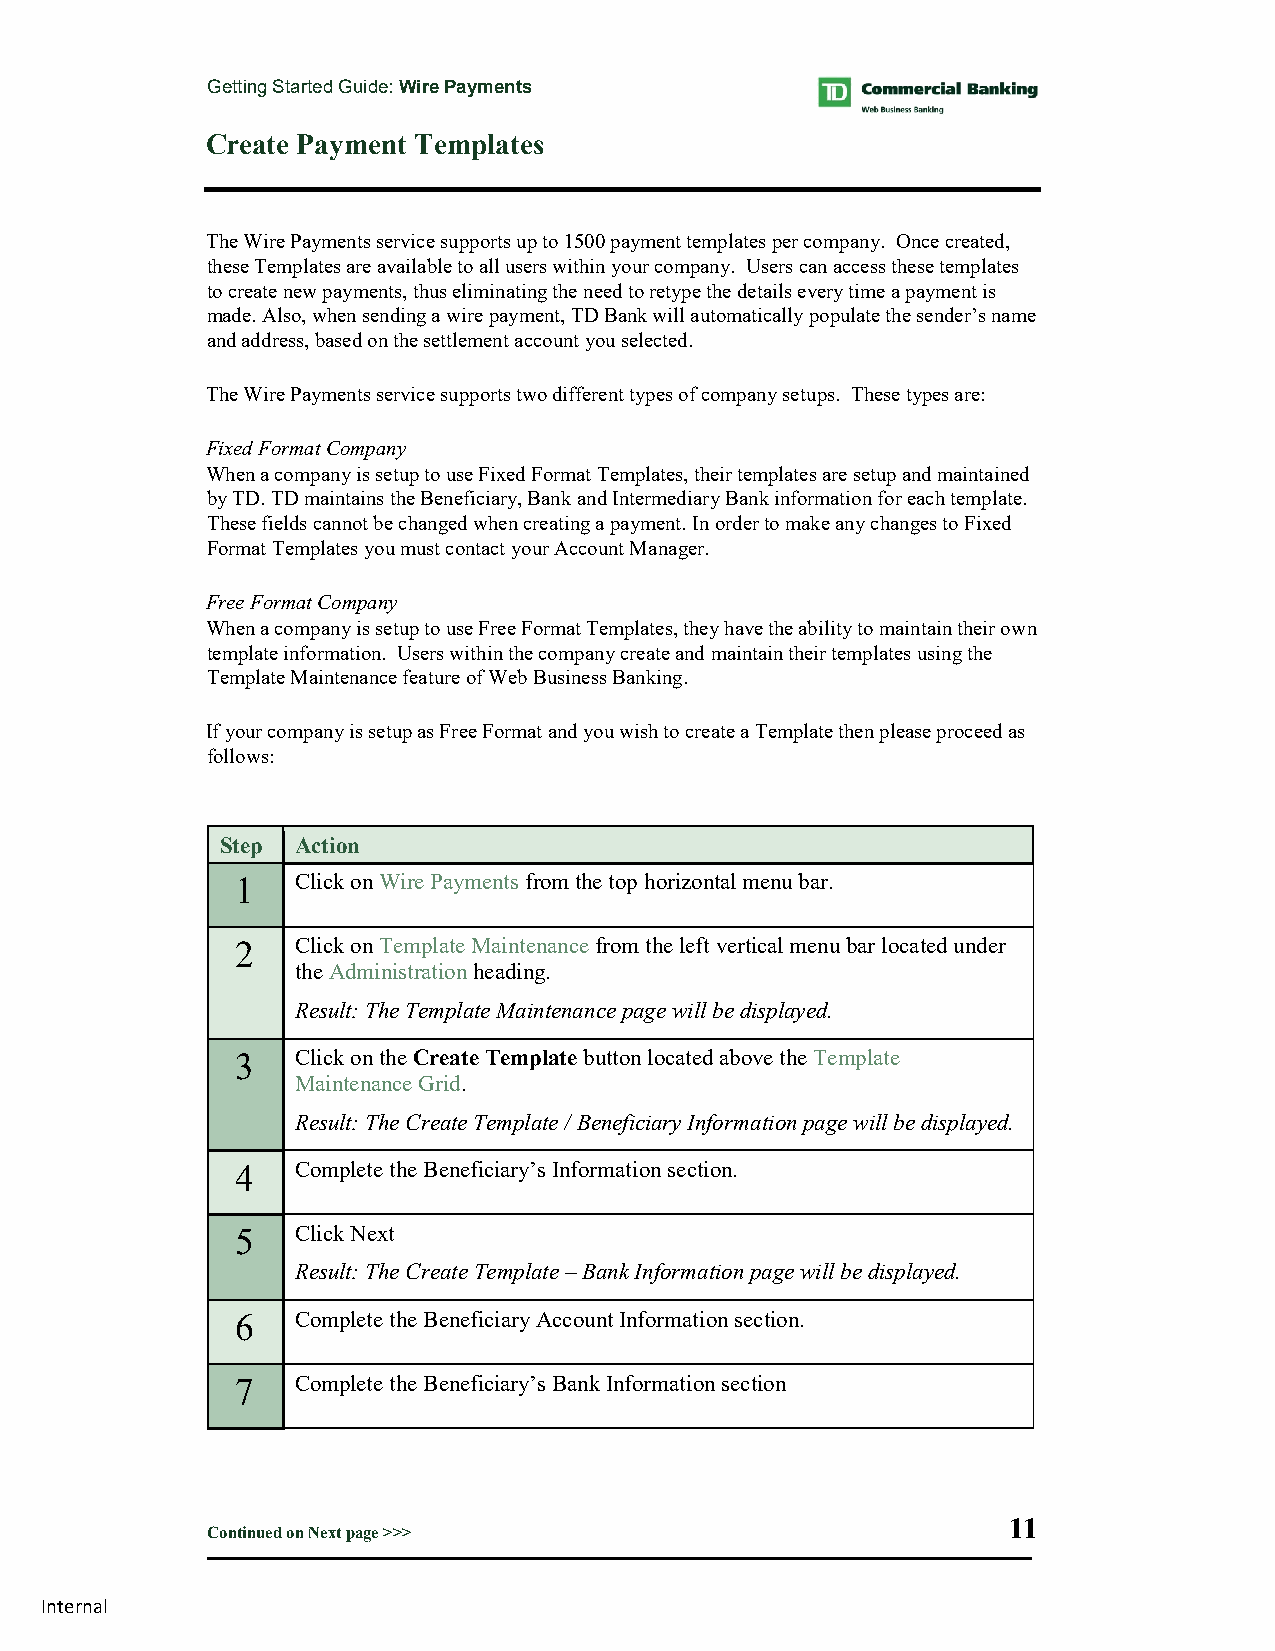
Getting Started Guide: Wire Payments
 Create Payment Templates
 The Wire Payments service supports up to 1500 payment templates per company. Once created,
 these Templates are available to all users within your company. Users can access these templates
 to create new payments, thus eliminating the need to retype the details every time a payment is
 made. Also, when sending a wire payment, TD Bank will automatically populate the sender’s name
 and address, based on the settlement account you selected.
 The Wire Payments service supports two different types of company setups. These types are:
 Fixed Format Company
 When a company is setup to use Fixed Format Templates, their templates are setup and maintained
 by TD. TD maintains the Beneficiary, Bank and Intermediary Bank information for each template.
 These fields cannot be changed when creating a payment. In order to make any changes to Fixed
 Format Templates you must contact your Account Manager.
 Free Format Company
 When a company is setup to use Free Format Templates, they have the ability to maintain their own
 template information. Users within the company create and maintain their templates using the
 Template Maintenance feature of Web Business Banking.
 If your company is setup as Free Format and you wish to create a Template then please proceed as
 follows:
 Step Action
 1   Click on Wire Payments from the top horizontal menu bar.
 2   Click on Template Maintenance from the left vertical menu bar located under
 the Administration heading.
 Result: The Template Maintenance page will be displayed.
 3   Click on the Create Template button located above the Template
 Maintenance Grid.
 Result: The Create Template / Beneficiary Information page will be displayed.
 4   Complete the Beneficiary’s Information section.
 5   Click Next
 Result: The Create Template – Bank Information page will be displayed.
 6   Complete the Beneficiary Account Information section.
 7   Complete the Beneficiary’s Bank Information section
 11
 Continued on Next page >>>
 Internal